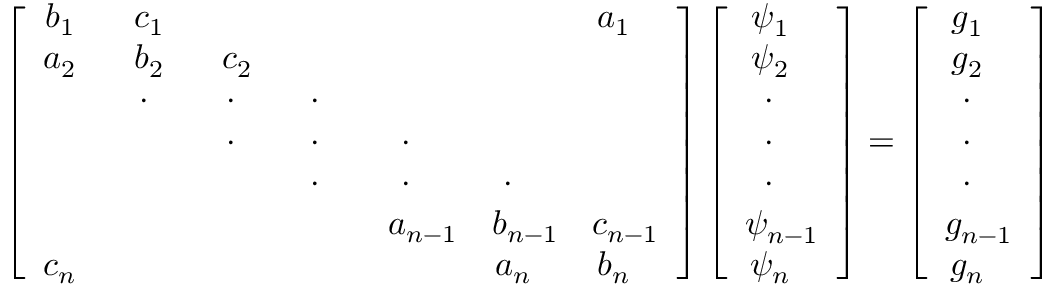
\left[ \begin{array} { c c c c c c c c } { b _ { 1 ~ ~ } } & { c _ { 1 ~ ~ } } & & & & & { a _ { 1 ~ ~ } } \\ { a _ { 2 ~ ~ } } & { b _ { 2 ~ ~ } } & { c _ { 2 ~ ~ } } & & & & \\ & { \cdot { ~ ~ ~ } } & { \cdot { ~ ~ ~ } } & { \cdot { ~ ~ ~ } } & & & \\ & & { \cdot { ~ ~ ~ } } & { \cdot { ~ ~ ~ } } & { \cdot { ~ ~ ~ } } & & \\ & & & { \cdot { ~ ~ ~ } } & { \cdot { ~ ~ ~ } } & { \cdot { ~ ~ ~ } } & \\ & & & & { a _ { n - 1 } } & { b _ { n - 1 } } & { c _ { n - 1 } } \\ { c _ { n ~ ~ } } & & & & & { a _ { n ~ ~ } } & { b _ { n ~ ~ } } \end{array} \right] \left[ { \begin{array} { c } { \psi _ { 1 ~ ~ } ^ { ~ } } \\ { \psi _ { 2 ~ ~ } ^ { ~ } } \\ { ~ \cdot _ { ~ ~ ~ } } \\ { ~ \cdot _ { ~ ~ ~ } } \\ { ~ \cdot _ { ~ ~ ~ } } \\ { \psi _ { n - 1 } ^ { ~ } } \\ { \psi _ { n ~ ~ } ^ { ~ } } \end{array} } \right] = \left[ { \begin{array} { c } { g _ { 1 ~ ~ } ^ { ~ } } \\ { g _ { 2 ~ ~ } ^ { ~ } } \\ { ~ \cdot _ { ~ ~ ~ } } \\ { ~ \cdot _ { ~ ~ ~ } } \\ { ~ \cdot _ { ~ ~ ~ } } \\ { g _ { n - 1 } ^ { ~ } } \\ { g _ { n ~ ~ } ^ { ~ } } \end{array} } \right]